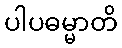
ပါပဓမ္မာတိ